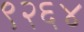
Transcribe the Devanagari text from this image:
९२६४